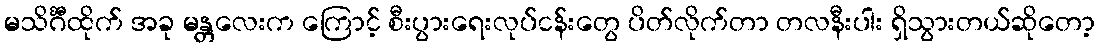
မသိင်္ဂီထိုက် အခု မန္တလေးက ကြောင့် စီးပွားရေးလုပ်ငန်းတွေ ပိတ်လိုက်တာ တလနီးပါး ရှိသွားတယ်ဆိုတော့